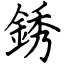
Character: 銹